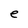
Character: e